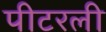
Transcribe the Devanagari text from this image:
पीटरली